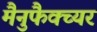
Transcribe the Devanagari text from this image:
मैनुफैक्च्यर